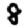
Digit: 8